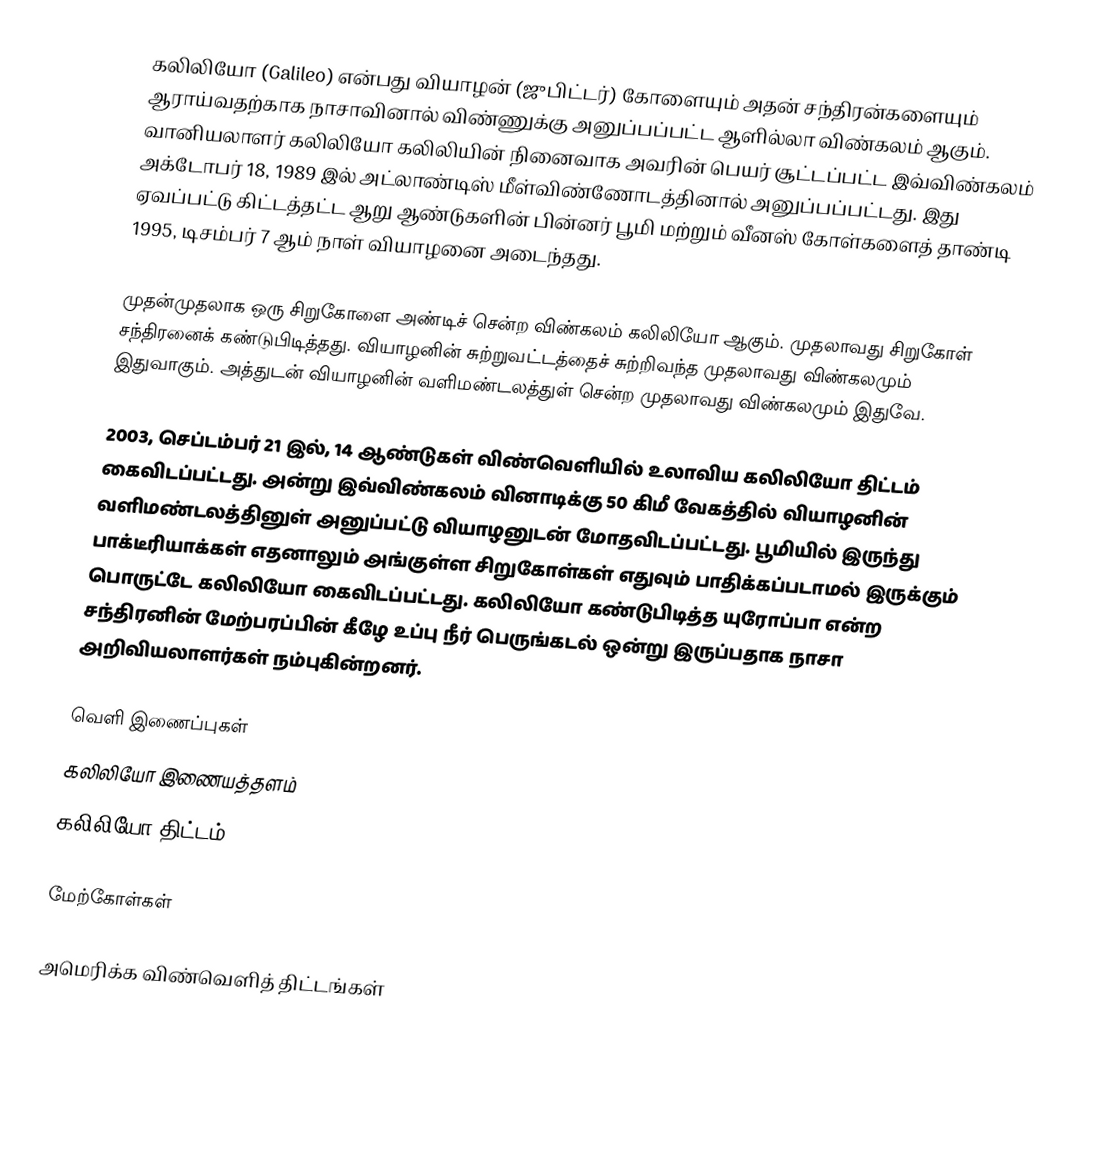
கலிலியோ (Galileo) என்பது வியாழன் (ஜுபிட்டர்) கோளையும் அதன் சந்திரன்களையும் ஆராய்வதற்காக நாசாவினால் விண்ணுக்கு அனுப்பப்பட்ட ஆளில்லா விண்கலம் ஆகும். வானியலாளர் கலிலியோ கலிலியின் நினைவாக அவரின் பெயர் சூட்டப்பட்ட இவ்விண்கலம் அக்டோபர் 18, 1989 இல் அட்லாண்டிஸ் மீள்விண்ணோடத்தினால் அனுப்பப்பட்டது. இது ஏவப்பட்டு கிட்டத்தட்ட ஆறு ஆண்டுகளின் பின்னர் பூமி மற்றும் வீனஸ் கோள்களைத் தாண்டி 1995, டிசம்பர் 7 ஆம் நாள் வியாழனை அடைந்தது.

முதன்முதலாக ஒரு சிறுகோளை அண்டிச் சென்ற விண்கலம் கலிலியோ ஆகும். முதலாவது சிறுகோள் சந்திரனைக் கண்டுபிடித்தது. வியாழனின் சுற்றுவட்டத்தைச் சுற்றிவந்த முதலாவது விண்கலமும் இதுவாகும். அத்துடன் வியாழனின் வளிமண்டலத்துள் சென்ற முதலாவது விண்கலமும் இதுவே.

2003, செப்டம்பர் 21 இல், 14 ஆண்டுகள் விண்வெளியில் உலாவிய கலிலியோ திட்டம் கைவிடப்பட்டது. அன்று இவ்விண்கலம் வினாடிக்கு 50 கிமீ வேகத்தில் வியாழனின் வளிமண்டலத்தினுள் அனுப்பட்டு வியாழனுடன் மோதவிடப்பட்டது. பூமியில் இருந்து பாக்டீரியாக்கள் எதனாலும் அங்குள்ள சிறுகோள்கள் எதுவும் பாதிக்கப்படாமல் இருக்கும் பொருட்டே கலிலியோ கைவிடப்பட்டது. கலிலியோ கண்டுபிடித்த யுரோப்பா என்ற சந்திரனின் மேற்பரப்பின் கீழே உப்பு நீர் பெருங்கடல் ஒன்று இருப்பதாக நாசா அறிவியலாளர்கள் நம்புகின்றனர்.

வெளி இணைப்புகள்
 கலிலியோ இணையத்தளம்
 கலிலியோ திட்டம்

மேற்கோள்கள்

அமெரிக்க விண்வெளித் திட்டங்கள்